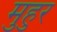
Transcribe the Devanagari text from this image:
मुहुर